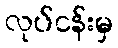
လုပ်ငန်းမှ